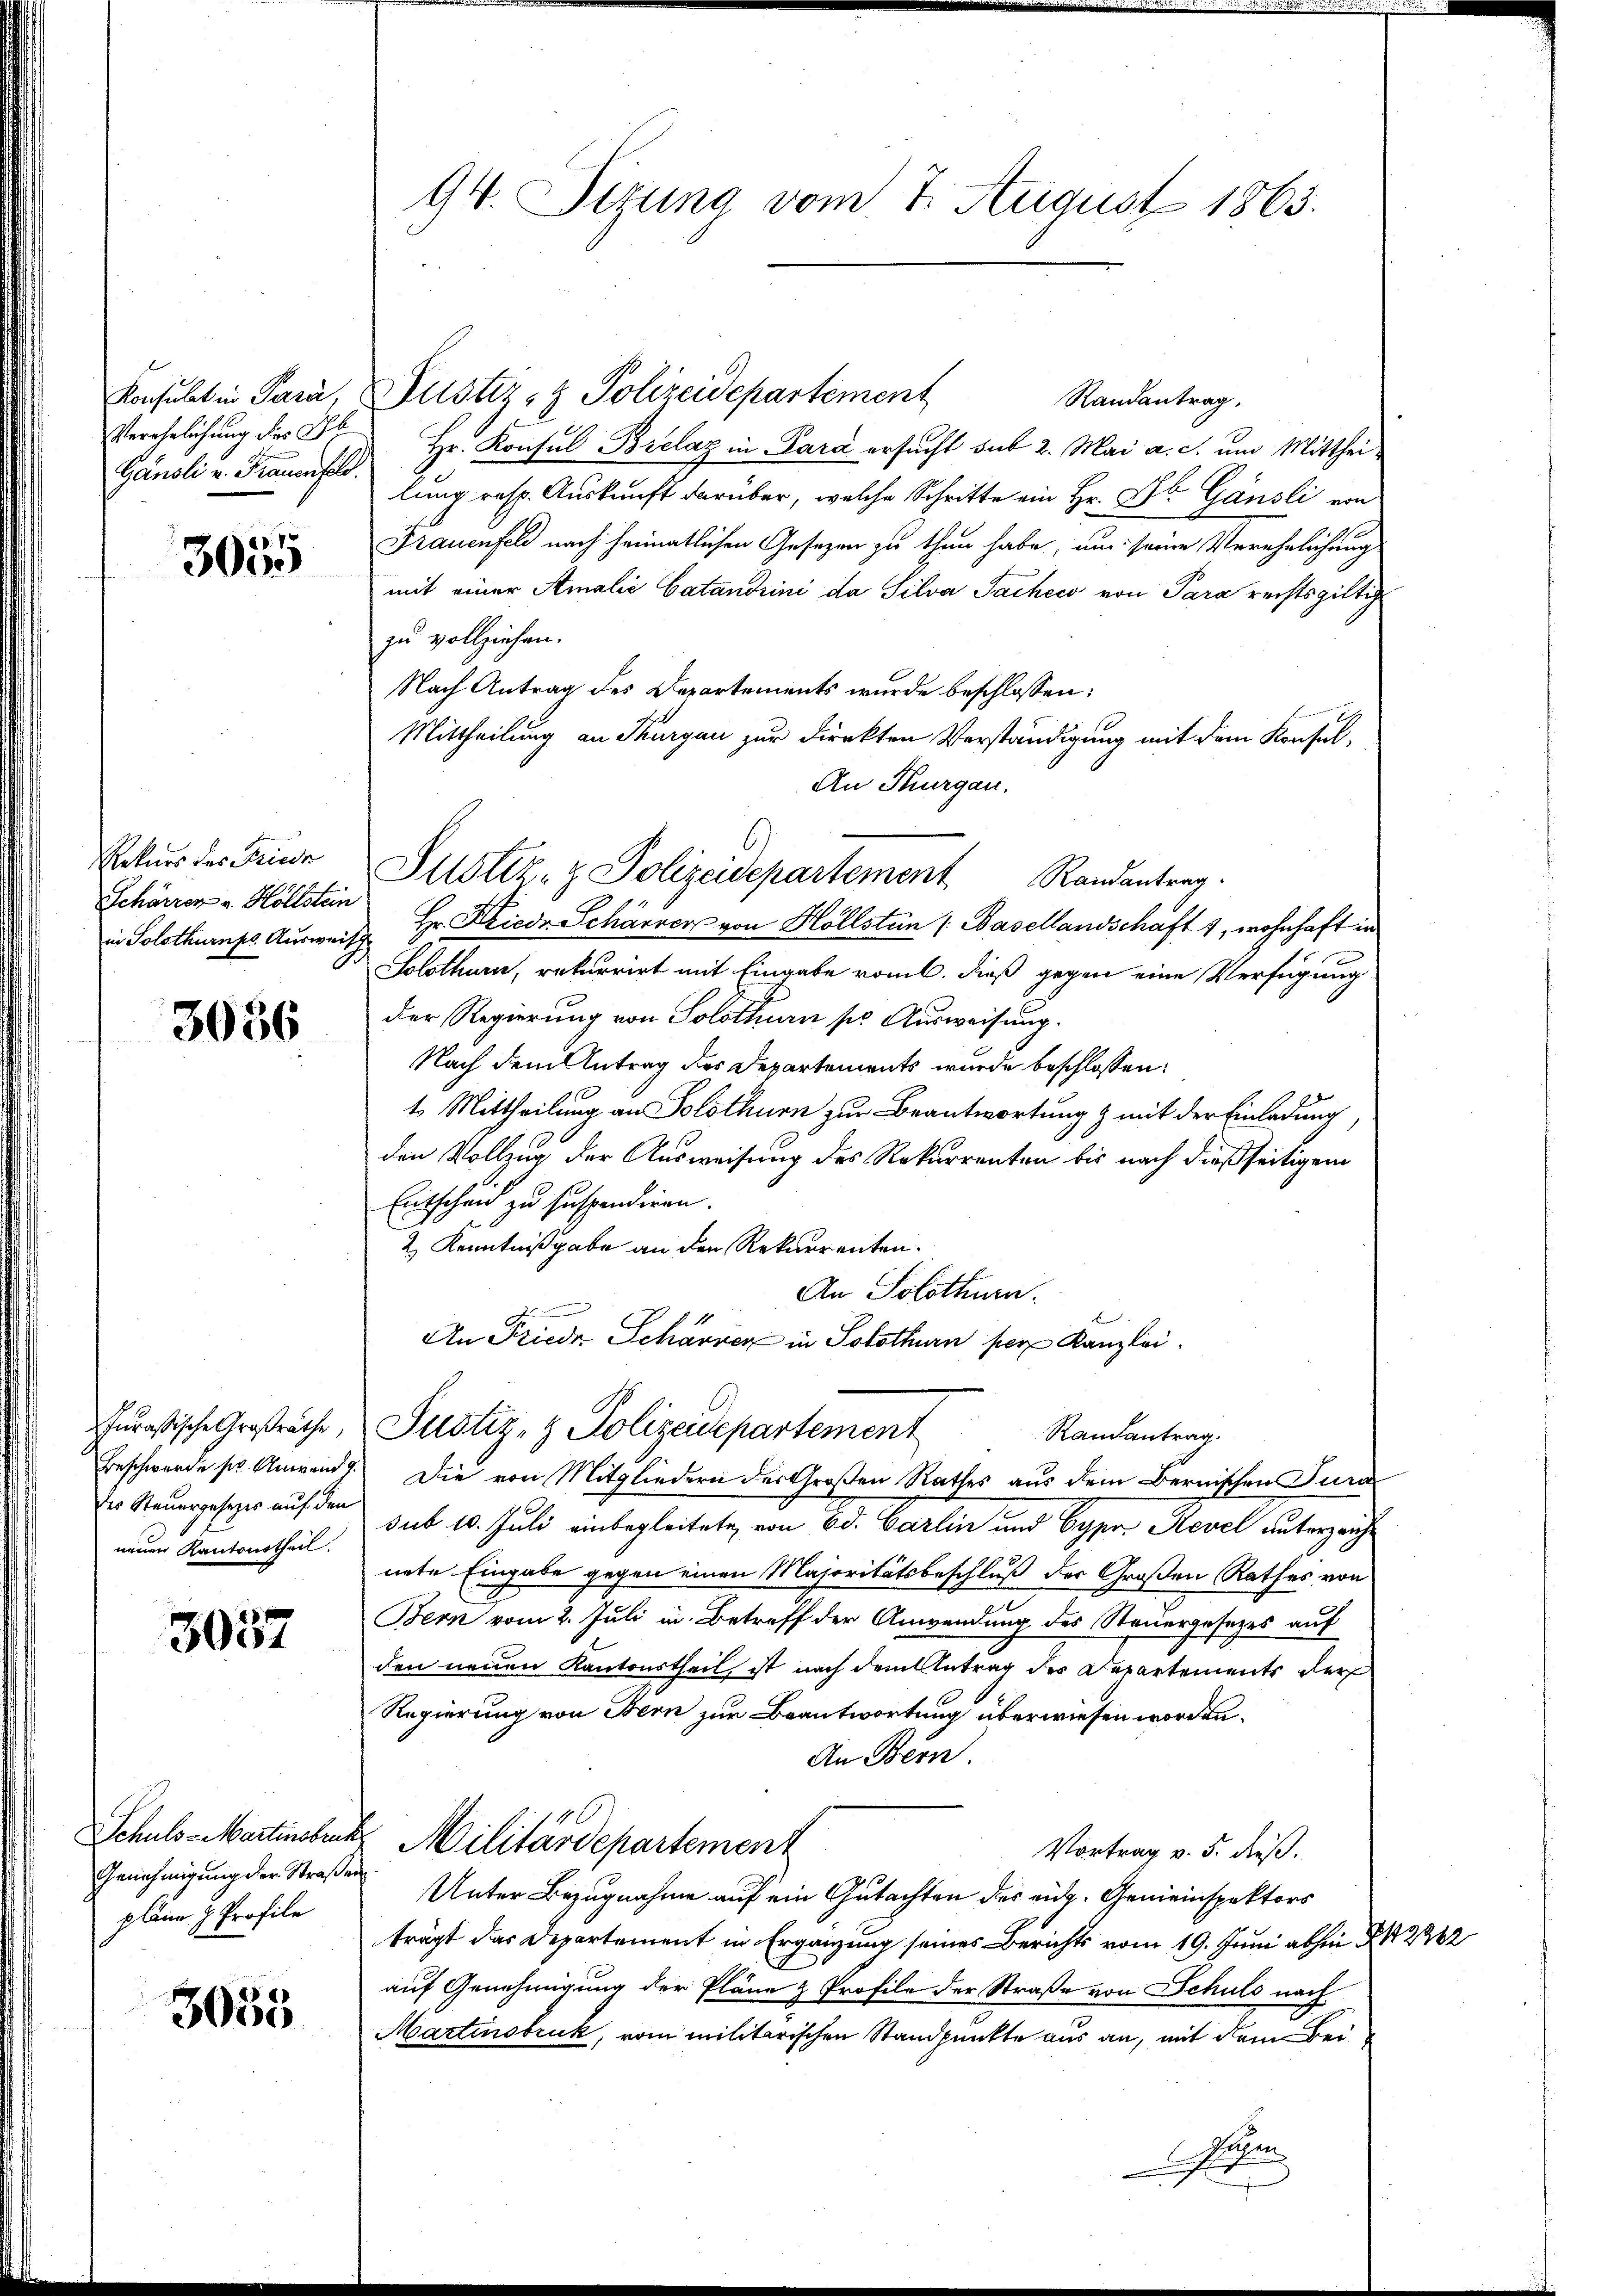
Konsulat in Para,
Verehelichung des Geb
Gänsli v. Frauenfeld.

3055

Rekurs des Friedr
Schärrer v. Höllstein
in Solothurnes Ausweis

3036

Iurassische Großräthe,
Beschwerde sr. Anwend
neuen Kantonstheil.

3057

Genehmigung der Straßen
pläne z. Profile

3055

94. Sitzung vom 7. August 1863.

Justiz- & Polizeidepartement
Randantrag,
Hr. Konsul Brelaz in Para ersucht sub 2. Mai a. c. um Mittheilung resp. Auskunft darüber, welche Schritte ein Hr. Dr Gänsli von
Frauenfeld nach heimatlichen Gesezen zu thun habe, um seine Verehelichung
mit einer Amalić Catandrini da Silva Sacheco von Para rechtsgültig
zu vollziehen.
Nach Antrag des Departements wurde beschlossen:
Mittheilung an Thurgau zur Direkten Verständigung mit dem Konsul¬
An Thurgau.
Hr. Kriedr Schärrer von Hollstein /: Basellandschaft 1, wohnhaft in
Solothurn, rekurrirt mit Eingabe vom l. dieß gegen eine Verfügung
Der Regierung von Solothurn so Ausweisung.
Nach dem Antrag des Departements wurde beschlossen:
t. Mittheilung an Solothurn zur Beantwortung & mit der Einladung
den Volling der Ausweisung des Rekurrenten bis nach dießseitigem
Entscheid zu suspendiren.
2 Kenntnißgabe an den Rekurrenten.
An Solothurn.
An Friedr. Schärrer in Solothurn per Kanzlei
Justiz- & Polizeidepartement
Randantrag.
Die von Mitgliedern des Großen Rathes aus dem Bernischen Jura
Der Reuergeseher auf den sub 10. Juli einbegleitete, von Bd. Carlin und Cyrer Revel unterzeichnete Eingabe gegen einen Majoritätsbeschluß der Großen Rathes von
Bern vom 2. Juli in Betreff der Anwendung des Steuergesetzes auf
den neuen Kantonstheil, ist nach dem Antrag des Departements der
Regierung von Bern zur Beantwortung überwiesen worden.
An Bern.
Schuls-Martinsbruck. Militärdepartement
Vortrag v. 5. dieß.
Unter Bezugnahme auf ein Gutachten des eidg. Gemeinspektors
trägt das Departement in Ergänzung seines Berichts vom 19. Juni abhin 2262
auf Genehmigung der Pläne & Profile der Straße von Schuls nach
Martinsbruk, vom militarischen Standpunkte aus an, mit dem Bei
ehen
.

Justiz- & Polizeidepartement Randantrag.